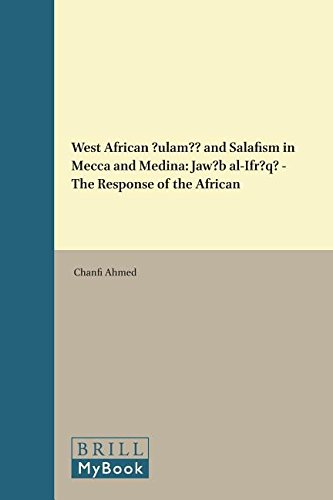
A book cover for West African Ulama and Salafism in Mecca and Medina: Jawab al-Ifriqi - The Response of the African (Islam in Africa); Chanfi Ahmed; Religion & Spirituality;